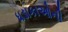
ધડાકાઓની